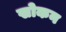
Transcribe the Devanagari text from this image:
खोकन